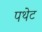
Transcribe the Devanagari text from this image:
पथेट